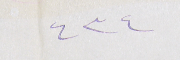
٤٣٤